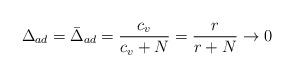
LaTeX: \begin{align*}\Delta_{ad} = \bar\Delta_{ad} = \frac{c_v}{c_v + N} = \frac{r}{r +N} \rightarrow 0\end{align*}